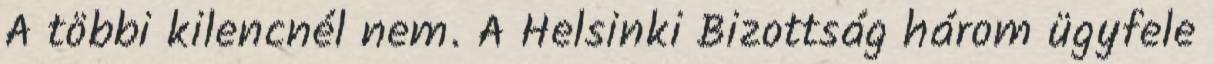
A többi kilencnél nem. A Helsinki Bizottság három ügyfele